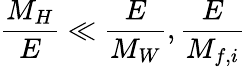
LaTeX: \frac{M_{H}}{E}\ll\frac{E}{M_{W}},\frac{E}{M_{f,i}}